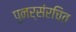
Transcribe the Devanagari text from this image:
पुनर्संरचित